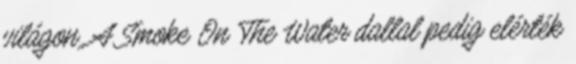
világon. A Smoke On The Water dallal pedig elérték